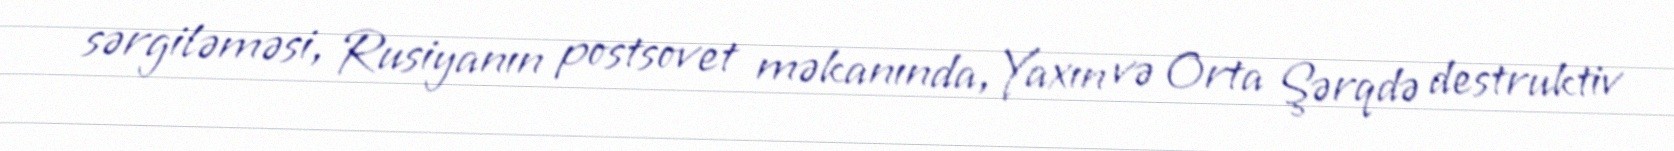
sərgiləməsi, Rusiyanın postsovet məkanında, Yaxın və Orta Şərqdə destruktiv